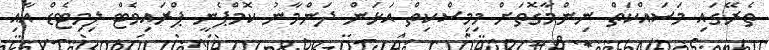
ތެރޭގައި މަސައްކަތް ނިންމާގޮތަށް މިމިސްކިތް އަޅަން ދަންމާނު ކޮމްޕެނީ ޕްރައިވެޓް ލިމިޓެޑް އާއި